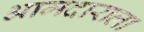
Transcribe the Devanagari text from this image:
आमदाराला